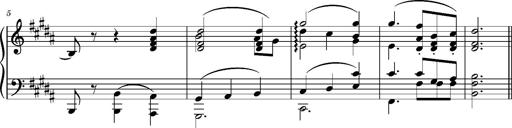
Title: 5 Album-Leaves, S.166t
Composer: Franz Liszt